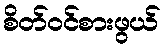
စိတ်ဝင်စားဖွယ်